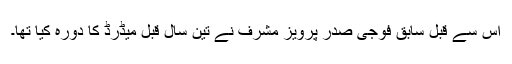
اس سے قبل سابق فوجی صدر پرویز مشرف نے تین سال قبل میڈرڈ کا دورہ کیا تھا۔